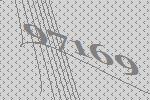
97169